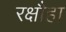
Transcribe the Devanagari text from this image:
रक्षौहा